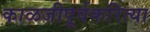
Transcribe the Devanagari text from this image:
काळजीपूर्वकरित्या